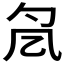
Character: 𠘷